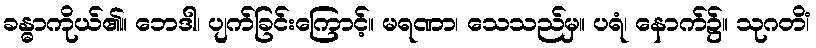
ခန္ဓာကိုယ်၏။ ဘေဒါ၊ ပျက်ခြင်းကြောင့်။ မရဏာ၊ သေသည်မှ။ ပရံ၊ နောက်၌။ သုဂတိံ၊